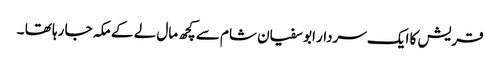
قریش کا ایک سردار ابو سفیان شام سے کچھ مال لے کے مکہ جا رہا تھا ۔